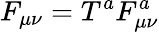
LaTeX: F_{\mu\nu}=T^{a}F_{\mu\nu}^{a}